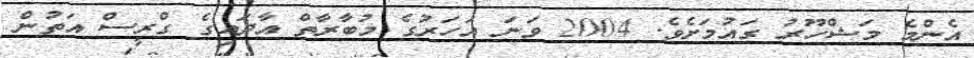
އެންމެ މަޝްހޫރު ގައުމަށެވެ. 2004 ވަނަ އަހަރުގެ މުބާރާތް އާދައިގެ ގްރީސް އަތުން